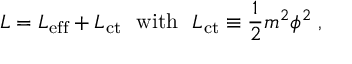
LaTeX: { \cal L } = { \cal L } _ { \mathrm { e f f } } + { \cal L } _ { \mathrm { c t } } { \ \ \mathrm { w i t h \ \ } } { \cal L } _ { \mathrm { c t } } \equiv { \frac { 1 } { 2 } } m ^ { 2 } \phi ^ { 2 } \; ,